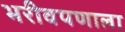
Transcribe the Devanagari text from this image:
भरीवपणाला